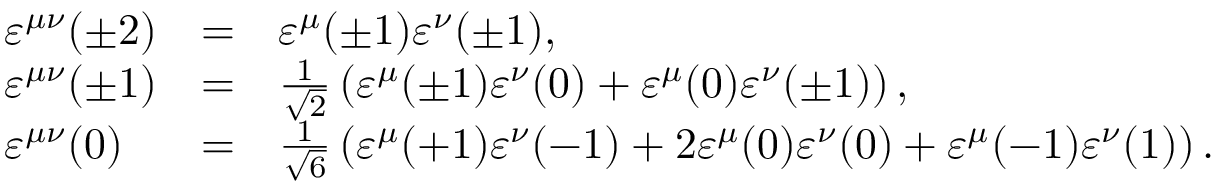
\begin{array} { l c l } { { \varepsilon ^ { \mu \nu } ( \pm 2 ) } } & { { = } } & { { \varepsilon ^ { \mu } ( \pm 1 ) \varepsilon ^ { \nu } ( \pm 1 ) , } } \\ { { \varepsilon ^ { \mu \nu } ( \pm 1 ) } } & { { = } } & { { \frac { 1 } { \sqrt { 2 } } \left( \varepsilon ^ { \mu } ( \pm 1 ) \varepsilon ^ { \nu } ( 0 ) + \varepsilon ^ { \mu } ( 0 ) \varepsilon ^ { \nu } ( \pm 1 ) \right) , } } \\ { { \varepsilon ^ { \mu \nu } ( 0 ) } } & { { = } } & { { \frac { 1 } { \sqrt { 6 } } \left( \varepsilon ^ { \mu } ( + 1 ) \varepsilon ^ { \nu } ( - 1 ) + 2 \varepsilon ^ { \mu } ( 0 ) \varepsilon ^ { \nu } ( 0 ) + \varepsilon ^ { \mu } ( - 1 ) \varepsilon ^ { \nu } ( 1 ) \right) . } } \end{array}